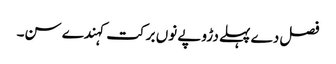
فصل دے پہلے دڑوپے نوں برکت کہندے سن۔